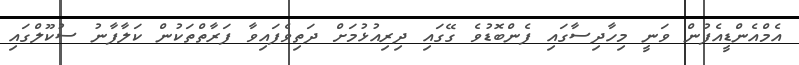
އެމްއެންޑީއެފުން ވަނީ މިހާދިސާގައި ފެންބޮޑުވެ ގޭގައި ދިރިއުޅުމަށް ދަތިވެފައިވާ ފަރާތްތަކުން ކަލާފާނު ސުކޫލްގައި